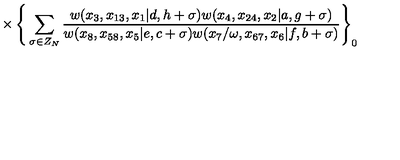
{ } \times \Bigg \{ \sum _ { \sigma \in Z _ { N } } \frac { w ( x _ { 3 } , x _ { 1 3 } , x _ { 1 } | d , h + \sigma ) w ( x _ { 4 } , x _ { 2 4 } , x _ { 2 } | a , g + \sigma ) } { w ( x _ { 8 } , x _ { 5 8 } , x _ { 5 } | e , c + \sigma ) w ( x _ { 7 } / \omega , x _ { 6 7 } , x _ { 6 } | f , b + \sigma ) } \Bigg \} _ { 0 }